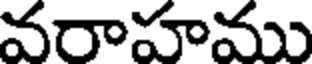
వరాహము